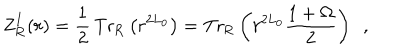
LaTeX: \mathrm { Z } _ { \mathrm { R } } ^ { I } ( r ) = \frac { 1 } { 2 } \, \mathrm { T r } _ { \mathrm { R } } \left( r ^ { 2 L _ { 0 } } \right) = \mathrm { T r } _ { \mathrm { R } } \left( r ^ { 2 L _ { 0 } } { \frac { 1 + \Omega } { 2 } } \right) ~ ~ ,